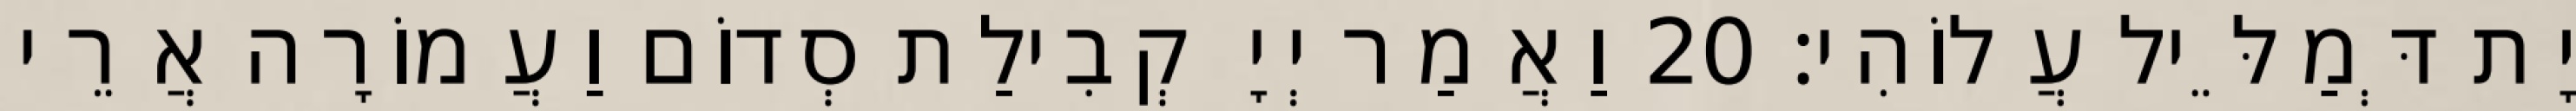
יָת דְּמַלֵּיל עֲלוֹהִי׃ 20 וַאֲמַר יְיָ קְבִילַת סְדוֹם וַעֲמוֹרָה אֲרֵי